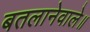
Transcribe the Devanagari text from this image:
बतलानेवाले॥